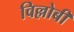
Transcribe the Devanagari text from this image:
विल्लोबी